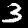
Label: 3